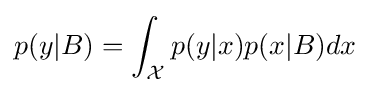
p(y|B)=\int _{\mathcal {X}}p(y|x)p(x|B)dx